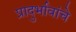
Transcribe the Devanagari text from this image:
प्रादुर्भावांचे